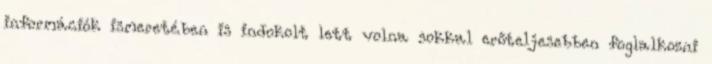
információk ismeretében is indokolt lett volna sokkal erőteljesebben foglalkozni